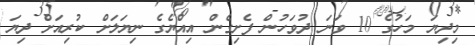
މިދިޔަ މަހުގެ 10 ވަނަ ދުވަހުން ފެށިގެން އިއްޔެގެ ނިޔަލަށް ކުރިއަށް ދިޔަ